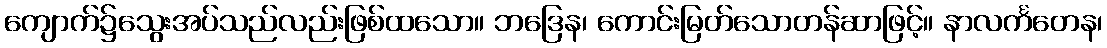
ကျောက်၌သွေးအပ်သည်လည်းဖြစ်ထသော။ ဘဒြေန၊ ကောင်းမြတ်သောတန်ဆာဖြင့်။ နာလင်္ကတေန၊